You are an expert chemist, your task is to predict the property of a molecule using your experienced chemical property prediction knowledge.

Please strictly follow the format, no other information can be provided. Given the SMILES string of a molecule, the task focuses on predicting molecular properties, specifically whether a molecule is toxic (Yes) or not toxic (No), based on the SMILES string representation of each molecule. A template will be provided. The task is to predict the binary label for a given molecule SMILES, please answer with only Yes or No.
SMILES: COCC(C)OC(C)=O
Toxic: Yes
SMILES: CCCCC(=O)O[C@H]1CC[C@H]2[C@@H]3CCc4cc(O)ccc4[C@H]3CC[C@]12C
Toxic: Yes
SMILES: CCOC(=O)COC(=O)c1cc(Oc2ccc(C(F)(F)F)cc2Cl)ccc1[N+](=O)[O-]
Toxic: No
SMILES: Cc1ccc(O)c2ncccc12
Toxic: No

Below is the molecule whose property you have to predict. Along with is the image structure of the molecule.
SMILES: CCOc1nc(=O)c(F)c[nH]1
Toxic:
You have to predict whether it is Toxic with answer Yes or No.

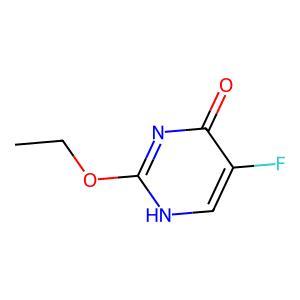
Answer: No